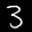
Label: 3